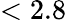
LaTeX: <2.8